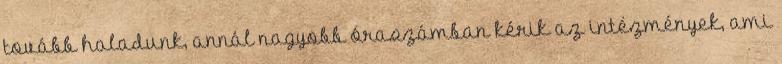
tovább haladunk, annál nagyobb óraszámban kérik az intézmények, ami